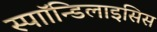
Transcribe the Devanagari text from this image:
स्पाॉन्डिलाइसिस